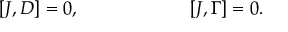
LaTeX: [ J , D ] = 0 , \qquad \qquad \qquad [ J , \Gamma ] = 0 .